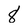
Character: 8